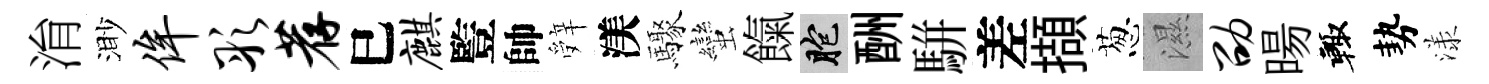
㳙渺侔彤荐巳麒䜿帥辤渼驟蠻餼胞酬駢差擷葱濕劭暘輙勢漾